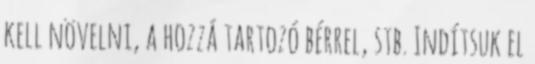
kell növelni, a hozzá tartozó bérrel, stb. Indítsuk el